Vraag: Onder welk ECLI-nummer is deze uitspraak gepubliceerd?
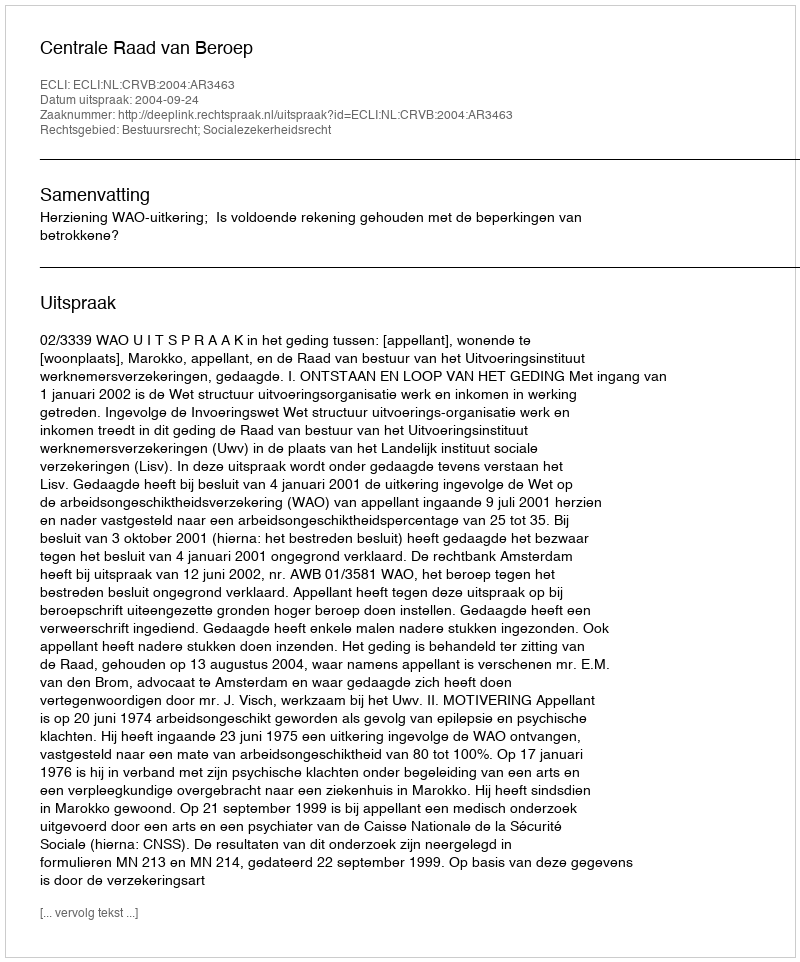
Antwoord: ECLI:NL:CRVB:2004:AR3463